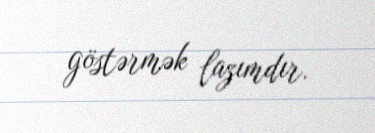
göstərmək lazımdır.